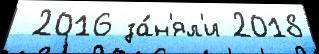
 2016 за́н'ял'и 2018